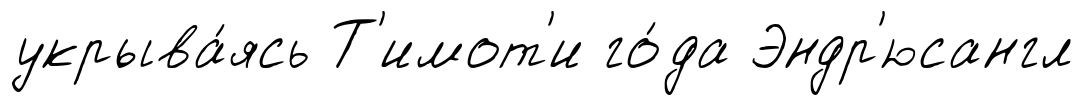
укрыва́ясь Т'имот'и го́да Эндр'юсангл